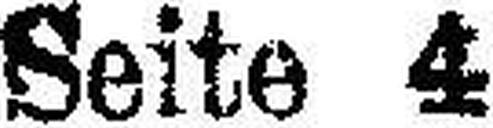
Seite 4